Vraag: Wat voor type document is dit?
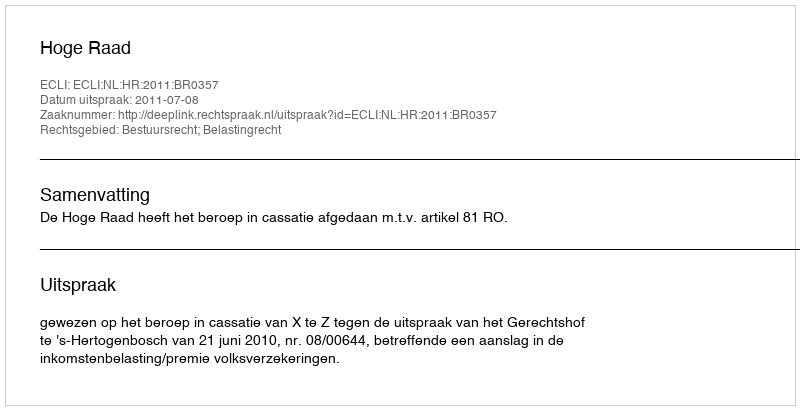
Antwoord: Uitspraak